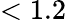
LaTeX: <1.2